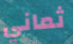
ثماني